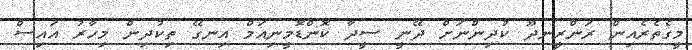
މީގެތެރެއިން ރަންރީނދޫ ކުދިންނަށް ދޭނީ ސީދާ ކޮންޑޮމީނިއަމް އިނގޭ ތިކުދިން މިހާރު އައިސް